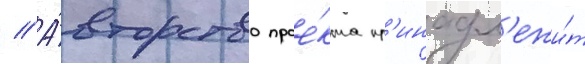
// А́вторство прое́кта пр'инадл'ежи́т